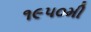
૧૯૫૦મી